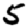
Digit: 5